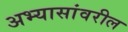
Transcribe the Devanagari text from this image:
अभ्यासांवरील